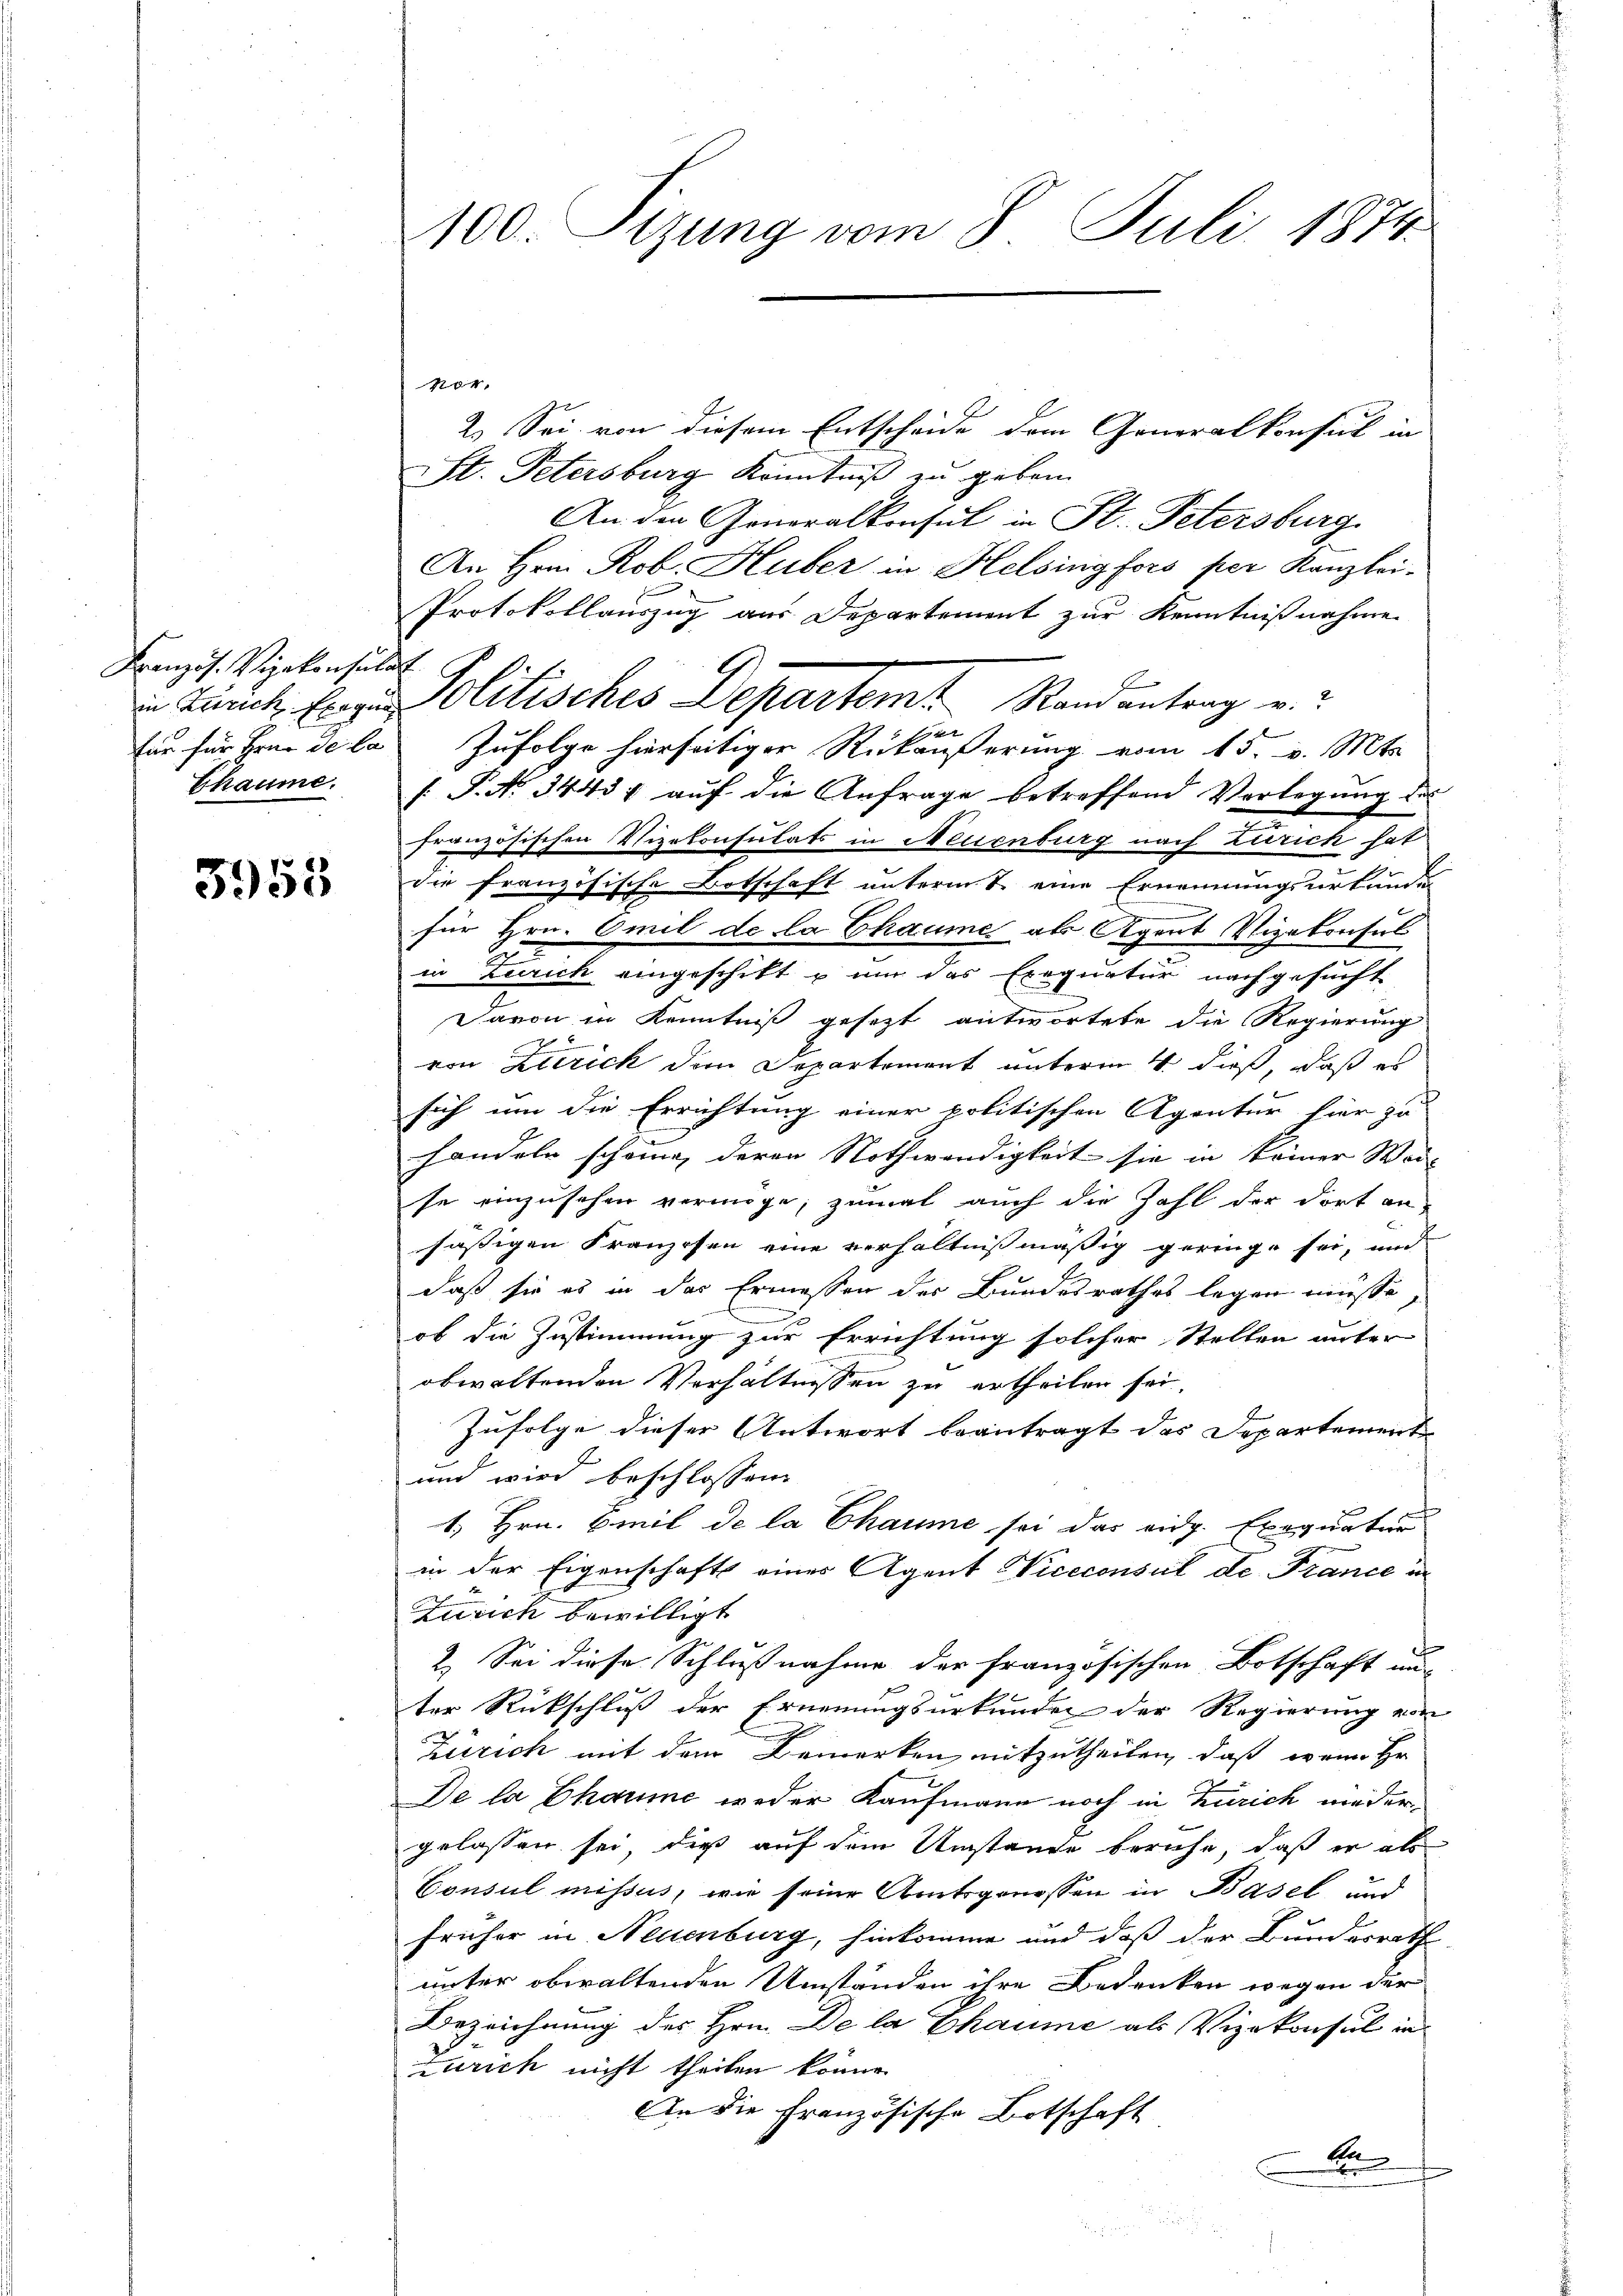
Französ. Vizekonsulat
Chäume.

3955

100. Sizung vom 8. Juli 1874.

1
u Turck. Ernen Politisches Departemt Randantrag v. 2

nor.
2. Sei von diesem Entscheide dem Generalkonsul in
St. Petersburg Kenntniß zu geben.
An den Generalkonsul in St. Petersburg
An Hrn. Rob. Huber in Helsingfors per Kanzlei-
Protokollauszug aus Departement zur Kenntnißnahme
x
für für Hrn. De la Zufolge hierseitiger Rückäußerung vom 15. v. Mts.
[.P. N. 3443 auf die Anfrage betreffend Vorlegung des
französischen Vizekonsulats in Neuenburg nach Zürich hat
die französische Botschaft unterm 1. eine Ernennungsurkunden
für Hrn. Emil de la Chaume als Agent Vizekonsul
in Zürich eingeschikt u um das Exequatur nachgesucht
Davon in Kenntniß gesetzt antwortete die Regierung
von Zürich dem Departement unterm 4. dieß, daß es
1
sich um die Errichtung einer politischen Agentur hier zu
handeln schöne, deren Nothwendigkeit sie in keiner Wor-
se einzusehen vermöge, zumal auch die Zahl der dort an-
sässigen Franzosen eine verhältnißmäßig geringe sei, und
daß sie es in das Ermessen des Bundesrathes legen müsse,
ob die Zustimmung zur Errichtung solcher Stellen unter
obwaltenden Verhältnissen zu ertheilen sei,
Zufolge dieser Antwort beantragt das Departement
und wird beschlossen:
1. Hrn. Emil de la Chaume sei das eidg. Exequaturn
in der Eigenschafts eines Agent Viceconsul de France in
Zürich bewilligt
2. Sei diese Schlußnahme der französischen Botschaft un
ter Rückschluß der Ernennungsurkunden der Regierung von
Zürich mit dem Bemerken, mitzutheilen, daß wenn Hr
De la Chaume weder Kaufmann noch in Zürich niedergelassen sei, dieß auf dem Umstände beruhe, daß er als
Consul missus, wie seine Amtsgenossen in Basel und
früher in Neuenburg, hinkomme und daß der Bundesrath
unter obwaltenden Umständen ihre Bedenken wegen der
Bezeichnung des Hrn. De la Chaume als Vizekonsul in
zurich nicht theilen könne.
An die Französische Botschaft
Au
.
e